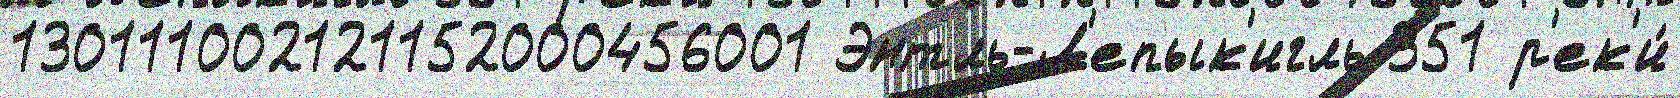
130111002121152000456001 Энтль-Л'епык'игль 351 р'ек'и́